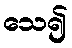
သေ၍